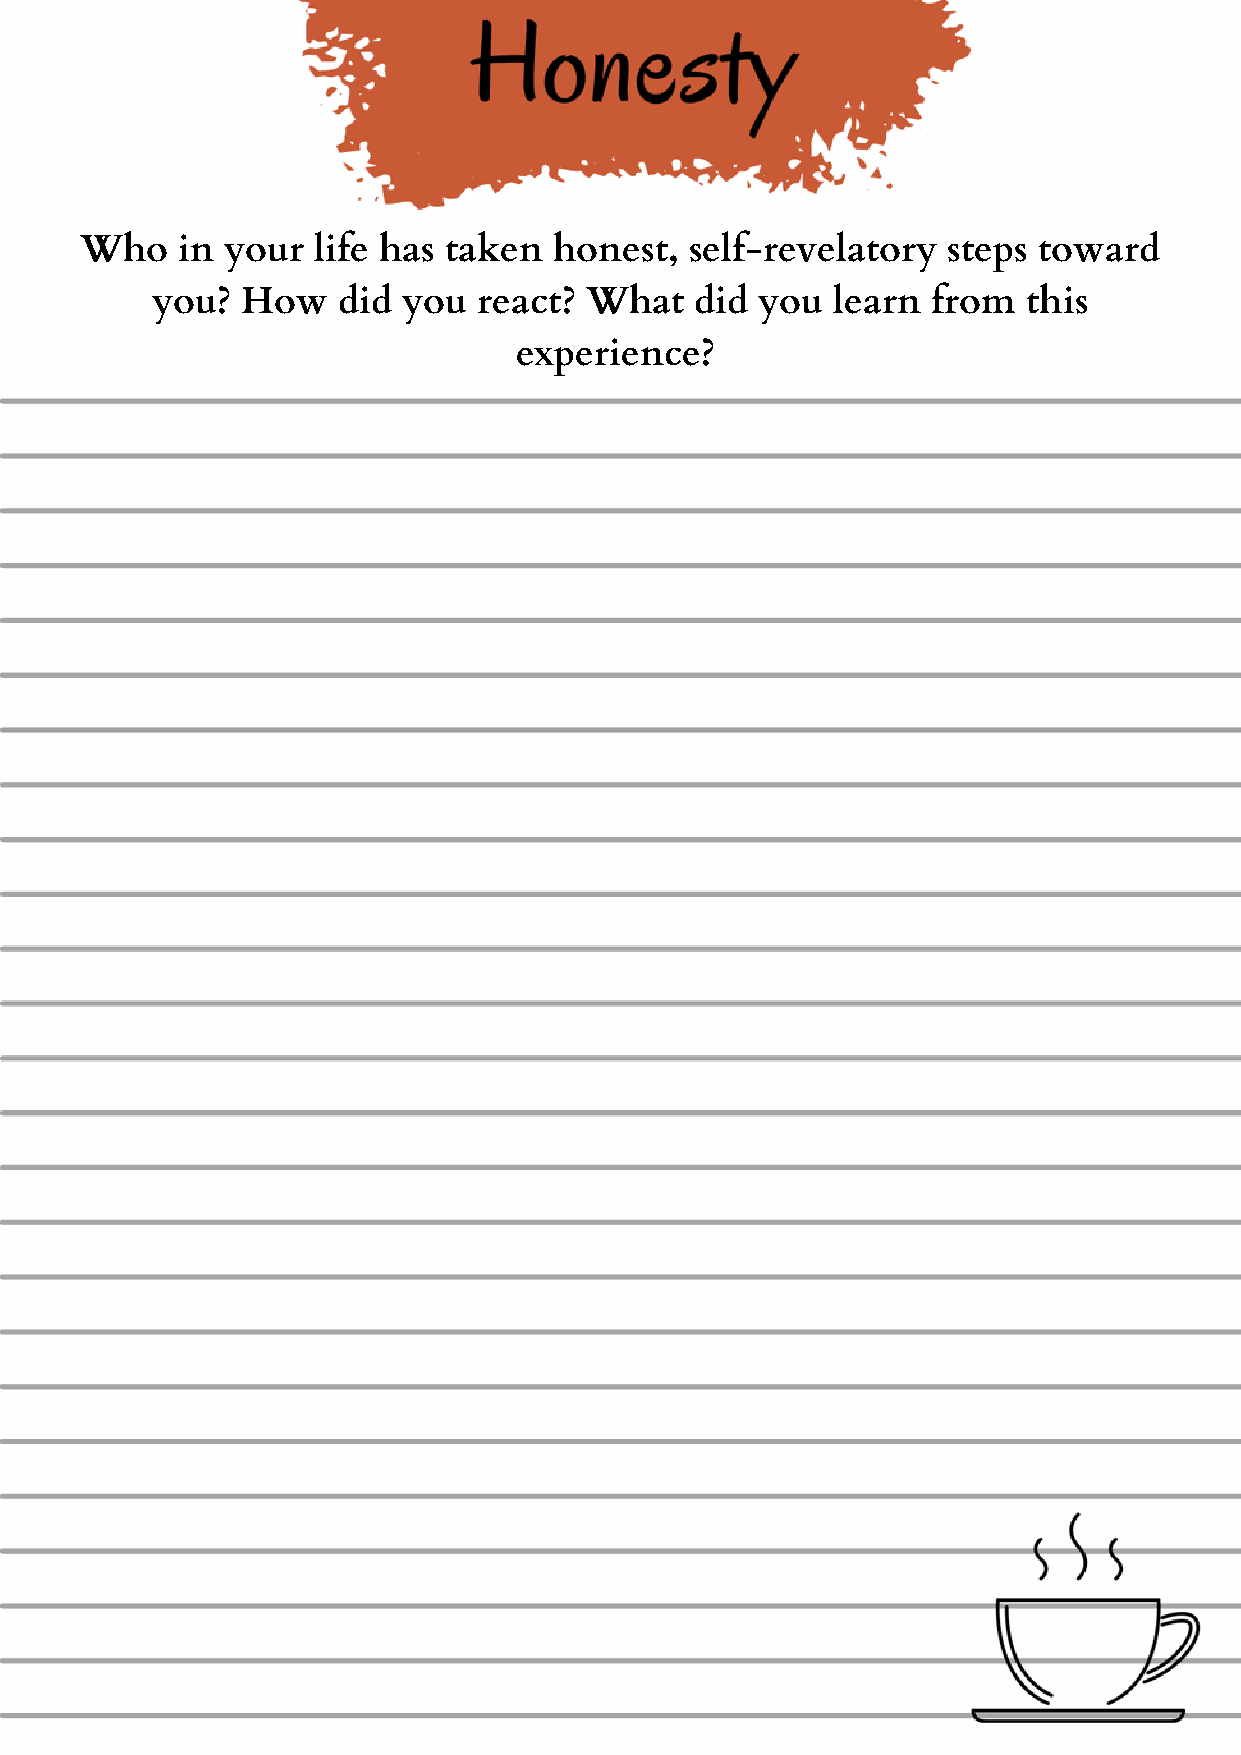
Who    in your  life has taken  honest,  self-revelatory  steps toward
 you?  How   did  you  react? What   did you  learn  from  this
 experience?